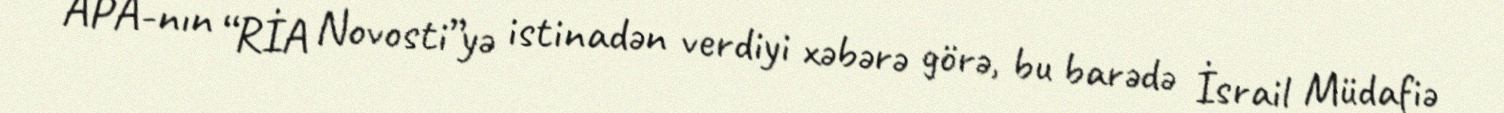
APA-nın “RİA Novosti”yə istinadən verdiyi xəbərə görə, bu barədə İsrail Müdafiə